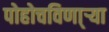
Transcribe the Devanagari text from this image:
पोहोचविणा्र्‍या